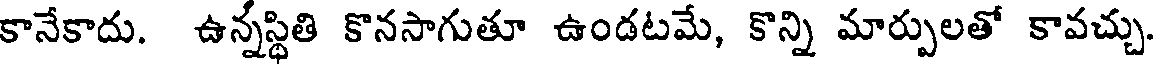
కానేకాదు. ఉన్నస్థితి కొనసాగుతూ ఉండటమే, కొన్ని మార్పులతో కావచ్చు